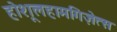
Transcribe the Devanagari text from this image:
होशूलहामगिज़ेत्स